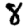
Digit: 8